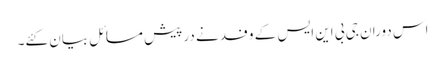
اس دوران جی بی این ایس کے وفد نے درپیش مسائل بیان کئے۔